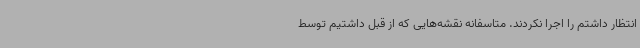
انتظار داشتم را اجرا نکردند. متاسفانه نقشه‌هایی که از قبل داشتیم توسط